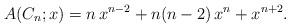
LaTeX: \begin{align*} A(C_n;x) = n \, x^{n-2} + n(n-2) \, x^n + x^{n+2}. \end{align*}